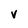
Character: V